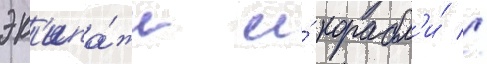
эк'ипа́жи и́ корабл'и́ //